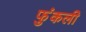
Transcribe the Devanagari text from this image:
फुंकली